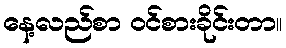
နေ့လည်စာ ဝင်စားခိုင်းတာ။